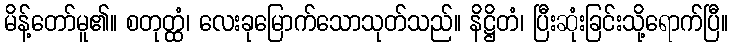
မိန့်တော်မူ၏။ စတုတ္ထံ၊ လေးခုမြောက်သောသုတ်သည်။ နိဋ္ဌိတံ၊ ပြီးဆုံးခြင်းသို့ရောက်ပြီ။